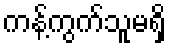
ကန့်ကွက်သူမရှိ